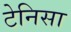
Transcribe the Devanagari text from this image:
टेनिसा